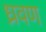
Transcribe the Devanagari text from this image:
ध्रवण